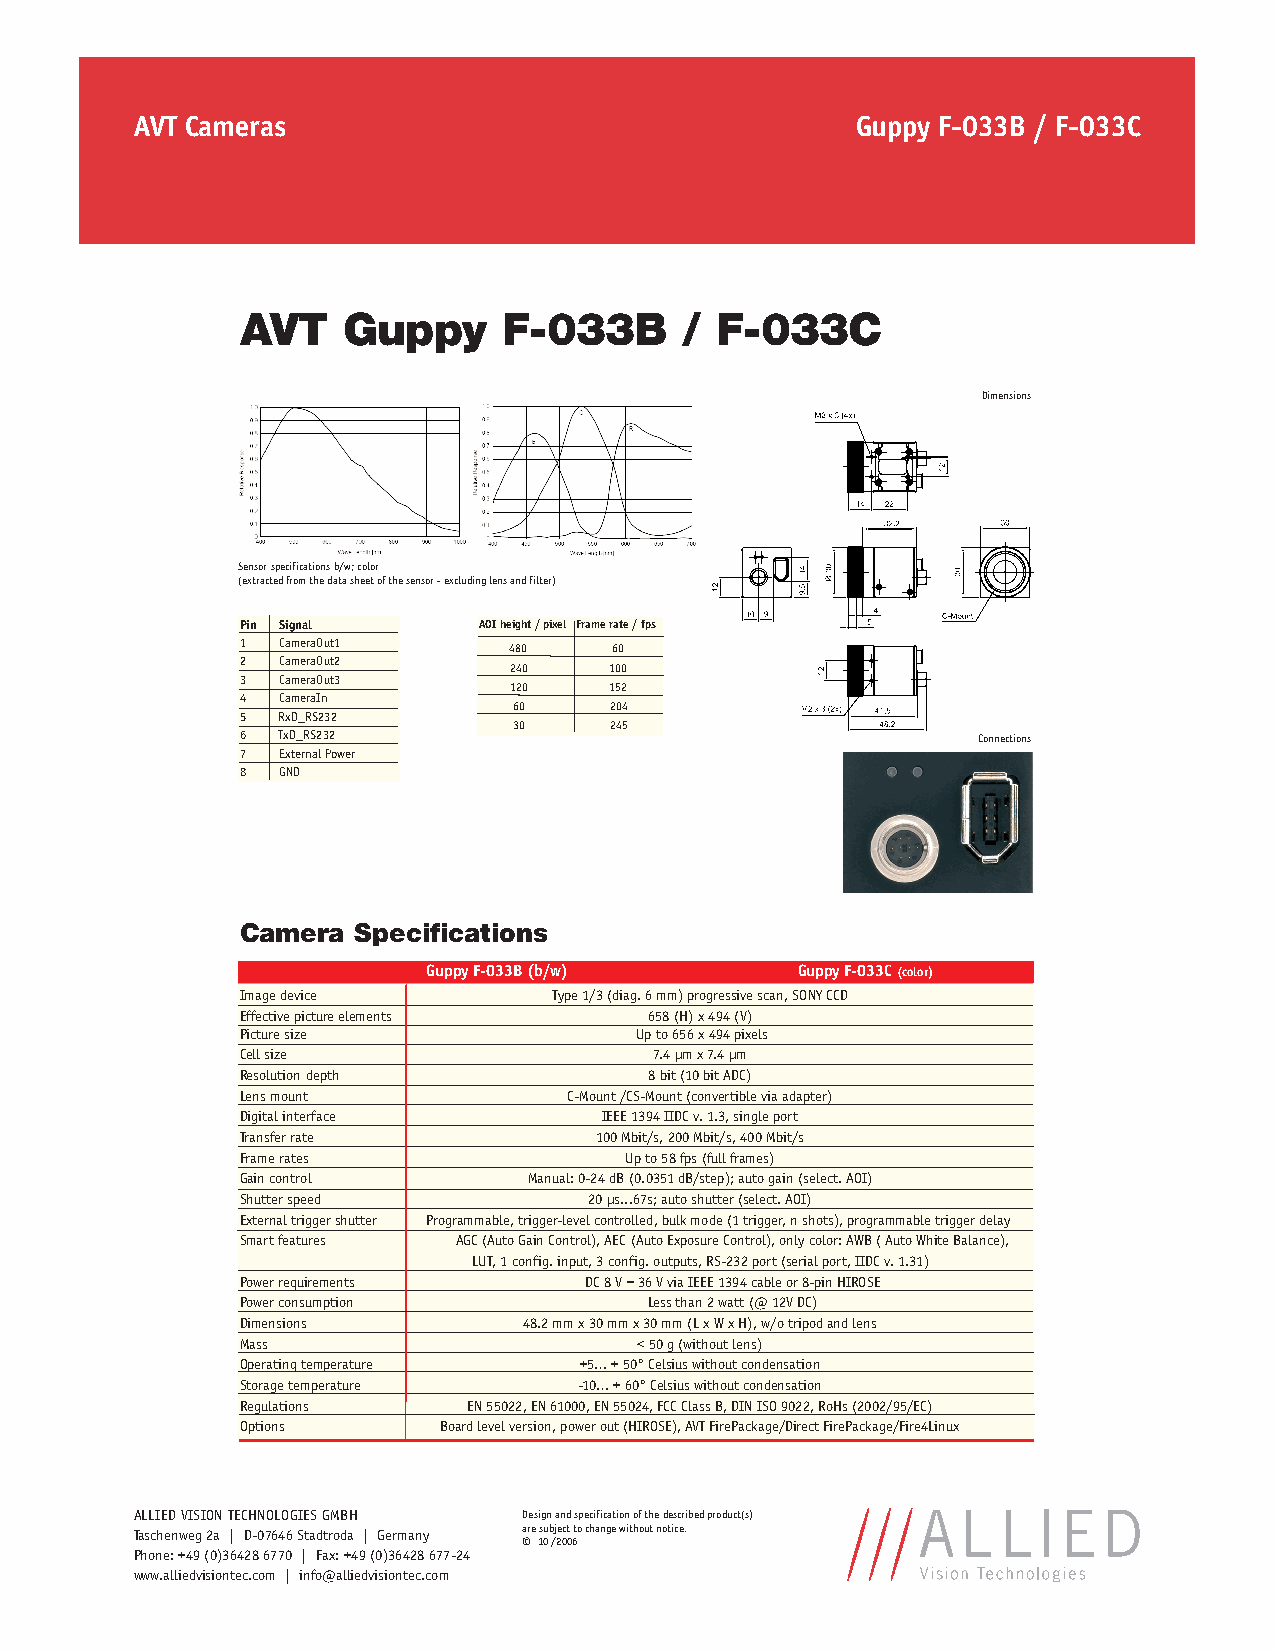
AVT Cameras                                     Guppy F-033B / F-033C
 AVT    Guppy     F-033B      / F-033C
 Dimensions
 Sensor specifications b/w; color
 (extracted from the data sheet of the sensor - excluding lens and filter)
 Pin Signal      AOI height / pixel Frame rate / fps
 1 CameraOut1      480    60
 2 CameraOut2
 240   100
 3 CameraOut3
 120   152
 4 CameraIn
 60    204
 5 RxD_RS232
 30    245
 6 TxD_RS232                                      Connections
 7 External Power
 8 GND
 Camera Specifications
 S           Guppy F-033B (b/w)       Guppy F-033C (color)
 Image device         Type 1/3 (diag. 6 mm) progressive scan, SONY CCD
 Effective picture elements 658 (H) x 494 (V)
 Picture size              Up to 656 x 494 pixels
 Cell size                  7.4 μm x 7.4 μm
 Resolution depth           8 bit (10 bit ADC)
 Lens mount            C-Mount /CS-Mount (convertible via adapter)
 Digital interface       IEEE 1394 IIDC v. 1.3, single port
 Transfer rate          100 Mbit/s, 200 Mbit/s, 400 Mbit/s
 Frame rates              Up to 58 fps (full frames)
 Gain control       Manual: 0-24 dB (0.0351 dB/step); auto gain (select. AOI)
 Shutter speed          20 μs...67s; auto shutter (select. AOI)
 External trigger shutter Programmable, trigger-level controlled, bulk mode (1 trigger, n shots), programmable trigger delay
 Smart features AGC (Auto Gain Control), AEC (Auto Exposure Control), only color: AWB ( Auto White Balance),
 LUT, 1 config. input, 3 config. outputs, RS-232 port (serial port, IIDC v. 1.31)
 Power requirements     DC 8 V – 36 V via IEEE 1394 cable or 8-pin HIROSE
 Power consumption          Less than 2 watt (@ 12V DC)
 Dimensions         48.2 mm x 30 mm x 30 mm (L x W x H), w/o tripod and lens
 Mass                      < 50 g (without lens)
 Operating temperature +5… + 50° Celsius without condensation
 Storage temperature   -10… + 60° Celsius without condensation
 Regulations    EN 55022, EN 61000, EN 55024, FCC Class B, DIN ISO 9022, RoHs (2002/95/EC)
 Options      Board level version, power out (HIROSE), AVT FirePackage/Direct FirePackage/Fire4Linux
 ALLIED VISION TECHNOLOGIES GMBH Design and specification of the described product(s)
 Taschenweg 2a | D-07646 Stadtroda | Germany are subject to change without notice.
 © 10 /2006
 Phone: +49 (0)36428 6770 | Fax: +49 (0)36428 677-24
 www.alliedvisiontec.com | info@alliedvisiontec.com